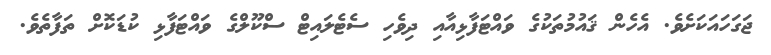
ޖަގަހައަކަށެވެ. އެހެން ޤައުމުތަކުގެ ވައްޓަފާޅިއާއި ދިވެހި ސެޓެލައިޓް ސްކޫލްގެ ވައްޓަފާޅި ކުޑަކޮށް ތަފާތެވެ.